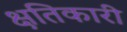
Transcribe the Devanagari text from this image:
क्षतिकारी